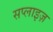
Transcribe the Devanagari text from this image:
सप्लाइज़